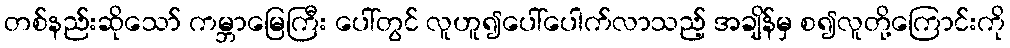
တစ်နည်းဆိုသော် ကမ္ဘာမြေကြီး ပေါ်တွင် လူဟူ၍ပေါ်ပေါက်လာသည့် အချိန်မှ စ၍လူတို့ကြောင်းကို